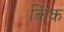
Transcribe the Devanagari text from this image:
किंक